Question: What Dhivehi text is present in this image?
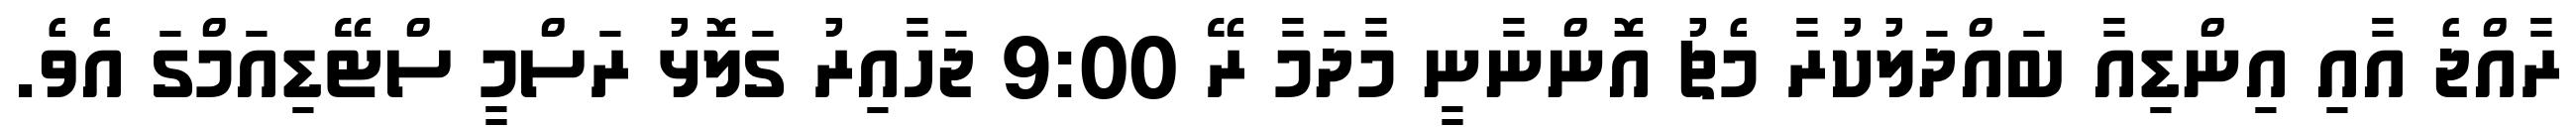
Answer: ރާއްޖެ އާއި އިންޑިއާ ބައްދަލުކުރާ މެޗު އޮންނާނީ މާދަމާ ރޭ 9:00 ޖަހާއިރު ގަލޮޅު ރަސްމީ ސްޓޭޑިއަމްގަ އެވެ.